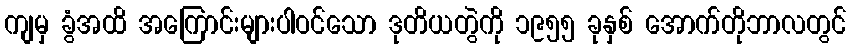
ကျမှ ခွံအထိ အကြောင်းများပါဝင်သော ဒုတိယတွဲကို ၁၉၅၅ ခုနှစ် အောက်တိုဘာလတွင်